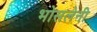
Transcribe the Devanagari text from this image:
भोसलेनी